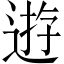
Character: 逰